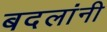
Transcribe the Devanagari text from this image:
बदलांनी